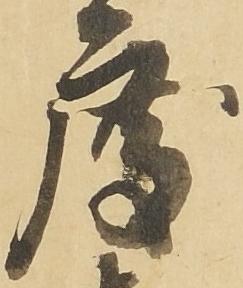
度